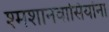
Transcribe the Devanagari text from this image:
श्मशानवासियांना